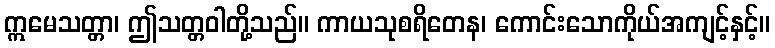
ဣမေသတ္တာ၊ ဤသတ္တဝါတို့သည်။ ကာယသုစရိတေန၊ ကောင်းသောကိုယ်အကျင့်နှင့်။